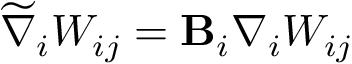
\widetilde { \nabla } _ { i } W _ { i j } = \mathbf { B } _ { i } \nabla _ { i } W _ { i j }